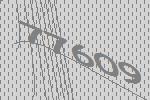
77609